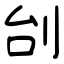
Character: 刣